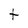
Character: t